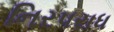
નિરપરાધ